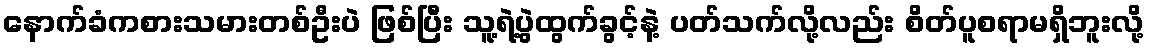
နောက်ခံကစားသမားတစ်ဦးပဲ ဖြစ်ပြီး သူ့ရဲ့ပွဲထွက်ခွင့်နဲ့ ပတ်သက်လို့လည်း စိတ်ပူစရာမရှိဘူးလို့